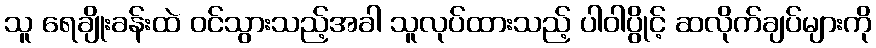
သူ ရေချိုးခန်းထဲ ဝင်သွားသည့်အခါ သူလုပ်ထားသည့် ပါဝါပွိုင့် ဆလိုက်ချပ်များကို